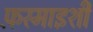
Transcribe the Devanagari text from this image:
फ़रमाइशी